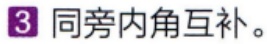
3 同旁内角互补。